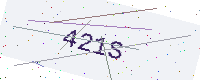
Text: 421S